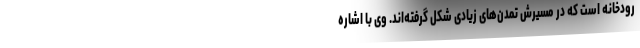
رودخانه است که در مسیرش تمدن‌های زیادی شکل گرفته‌اند. وی با اشاره